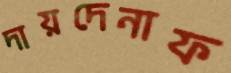
দায়দেনাফ